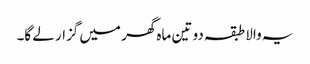
یہ والا طبقہ دو تین ماہ گھر میں گزار لے گا۔